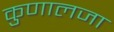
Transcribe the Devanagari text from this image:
कुणालजा